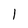
Character: 1